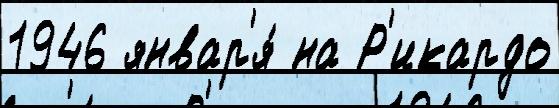
1946 январ'я́ на Р'икардо